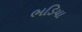
ભડિયા